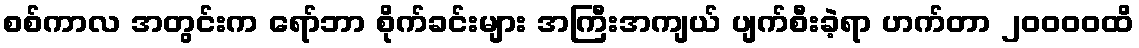
စစ်ကာလ အတွင်းက ရော်ဘာ စိုက်ခင်းများ အကြီးအကျယ် ပျက်စီးခဲ့ရာ ဟက်တာ ၂၀၀၀၀ထိ